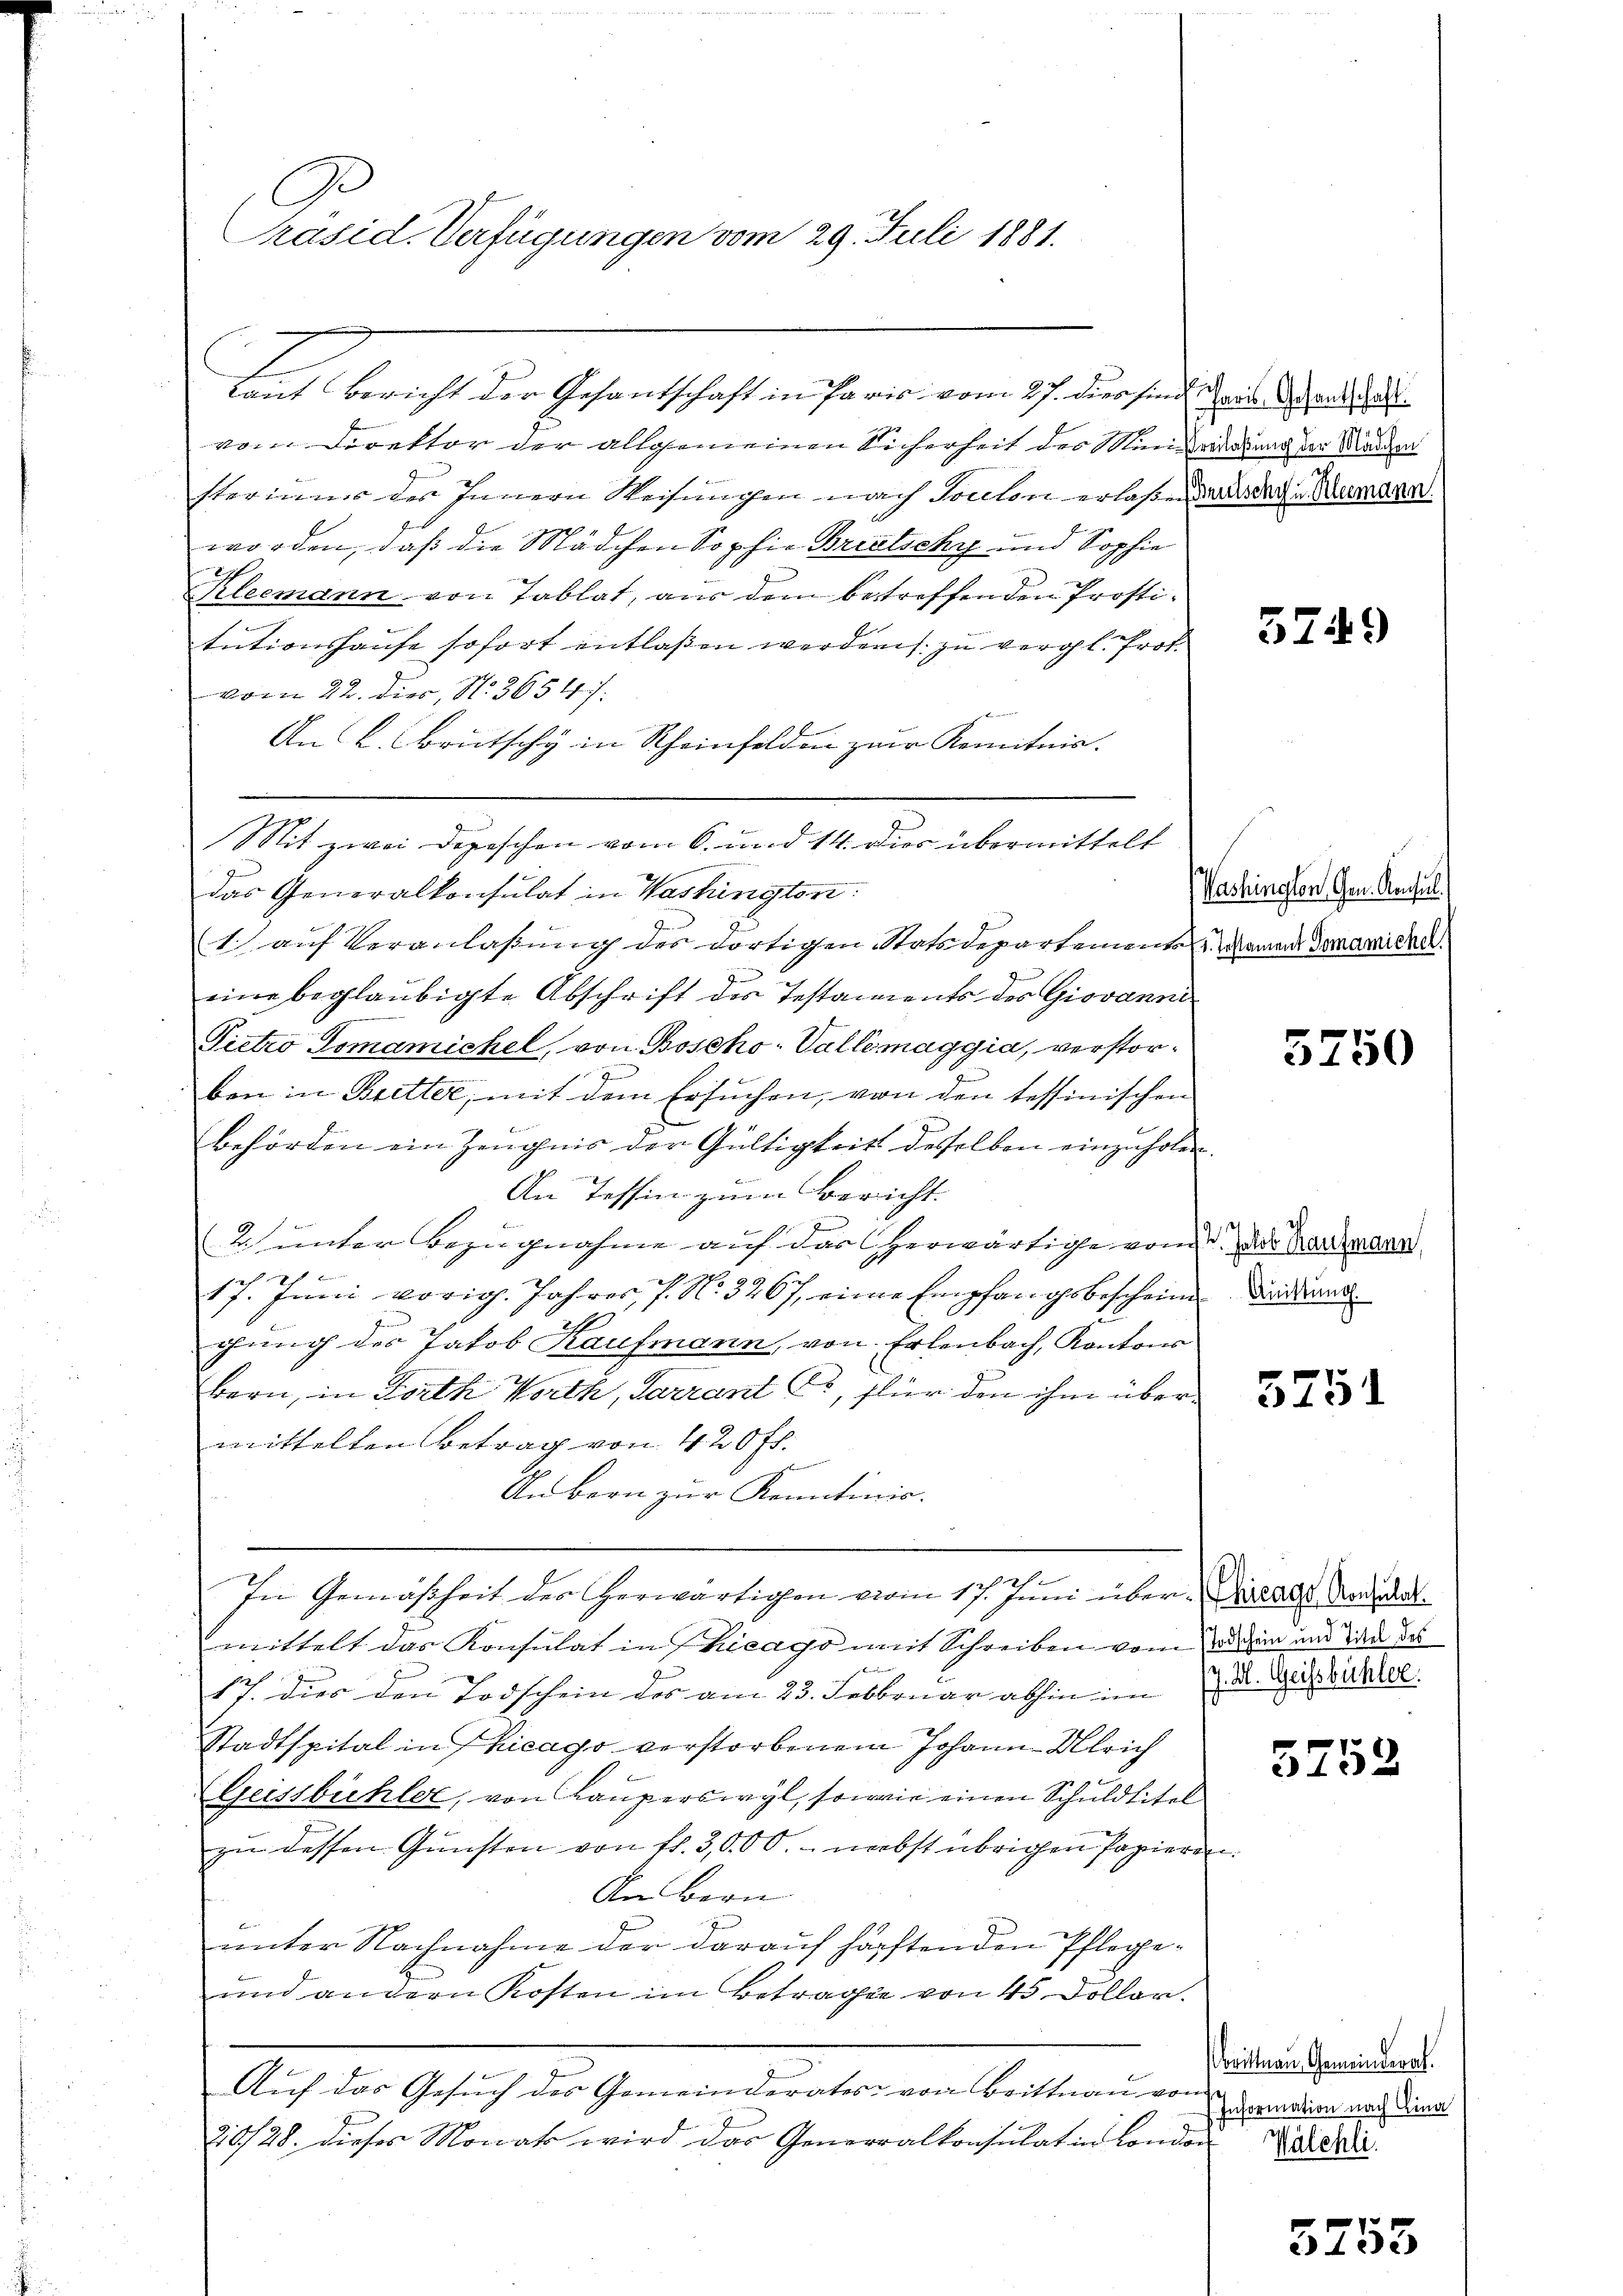
räsid. Verfügungen vom 29. Juli 1881.

von Direktor der allgemeinen Sicherheit der Munderlaßung der Mandern
steriums des Innern Weisungen nach Toulon erlaß dass dache Mamare
worden, daß die Mädchen Sophie Brietschy und Sophie
Kleemann von Tablat, aus dem betreffenden Prostitutionshause sofort entlassen werden zu vergl. Prot.
vom 22. dies, N. 3654 /:
 kennen
An L. Obrutschy in Rheinfelden zur Kenntnis.
Mit zwei Depeschen vom 6. und 14. Dies übermittelt
das Generalkonsulat in Washington:
1.) auf Veranlaßung des dortigen Statsdepartement einen Tramidee.
eine beglaubigte Abschrift des Testaments des Giovanni
Pietro Tsmamichel, von Boscho-Vallemaggia, verstor¬
0
ben in Bretter, mit dem Ersuchen, von den tessinischen
Behörden ein Zeugnis der Gültigkeit desselben einzuholen.
An Tessin zum Bericht.
2. unter Bezugnahme auf das herwärtige von der Kardalen
17. Juni vorig. Jahres, s. No. 3267 einer Empfangsbescheine Friedur
chung des Jakob Kaufmann, von Erlenbach, Kontons
bern, in Forth Vorth, Sarrant C, für den ihm übermittelten Betrag von 420 fr.
An bern zur Kenntnis.
f
In Gemäßheit des herwärtigen vom 17. Juni über. Daraus Radiat
mittelt das Konsulat in Thicago mit Schreiben vom Wagen und dan das
f
17. Dies den Todschein des am 23. Februar abhin ein der Geisbüchler
Stadtspital in hicago verstorbenem Johann Ulrich
(Geistbüchler, von Lauperswyl, sowie einen Schuldtitel
zu dessen Gunsten von fl. 3,000. nebst übrigen Papieren.
An Bern
unter Nachnahme der darauf härftenden Pflege¬
und andern Kosten im Betrage von 45 Dollar.
Auf das Gesuch des Gemeinderates von Brittnau vom
20/28. dieses Monats wird das Generalkonsulat in London

kaut Bericht der Gesandschaft in Paris vom 27. dies sind des cant a

5749

(Washington, Gen. Konsul

5750

5751

5752

brittnau, Gemeinderat.
Information nach Lina
Walchli

5753